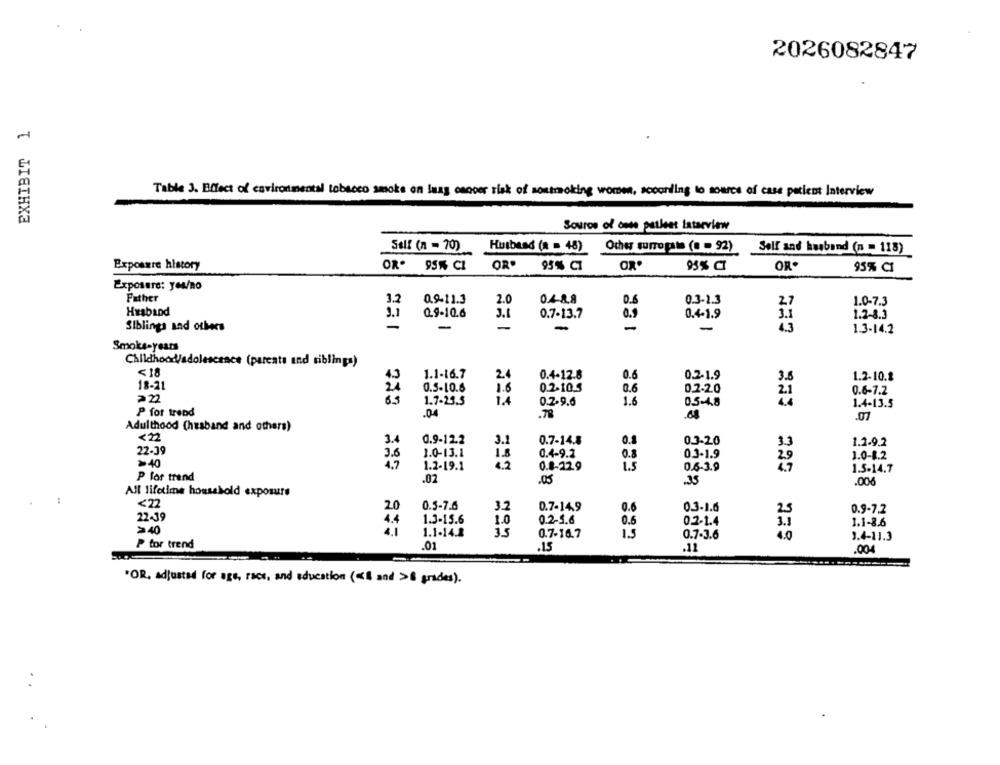
2026082847
EXHIBIT 1
Table J. Effect of environmental tobacco smoke on lang cancer risk of nontracking women, according to source of case patient Interview
Souros of onte patient Interview
Self (n = 70)
Husband (a = 48) Other surropat (0 - 92)
Self and husband (n = 118)
Exposure history
OR. 95% CI
OR.
95% CI
93% aT
OR
95% CI
Exposure: yes/no
Father
2.0
0.4-8.8
0.3-2.3
3.2
0.9-11.3
0.6
27
1.0-7.3
Hraband
0.9-10.6
0.7-13.7
0.9
0.4-1.9
5.1
3.1
3.1
1.2-8.3
Siblings and others
-
-
-
-
-
-
1.3-14.2
Smoke-years
Childhood/adolescence (parents and siblings)
< 18
1.1-16.7
24
0.4-12.8
0.2-1.9
0.6
3.8
1.2-10.2
18-21
0.5-10.6
1.6
0.2-10.5
0.6
0.2.2.0
0.6-7.2
>22
21
223
1.7-23.5
1.4
0.2-9.6
1.6
0.5-4.8
1.4-13.5
P for trend
.04
.78
.68
.07
Adulthood (husband and others)
3.4
0.9-12.2
3.1
0.7-14.8
0.1
0.3-20
3.3
1.2.9.2
22-39
3.6
3.0-13.1
1.8
0.4-9.2
0.8
03-1.9
1.0-8.2
>40
4.7
1.2-19.1
4.2
0.8-22.9
1.5
0.6-3.9
1.5-14.7
P for trend
.02
.05
.35
.006
All lifetime household exposure
SEG
<22
0.5-7.6
0.7-14.9
3.2
0.6
0.3-1.6
0.9-7.2
22-39
1.3-15.6
1.0
0.2-5.6
0.6
0.2-1.4
1.1-8.6
>40
1.1-14.2
3.5
0.7-16.7
1.5
0.7-3.6
4.0
1.4-11.3
P for trend
.01
.15
.11
.004
"OR, adjusted for age, race, and education ( << and >8 grades).